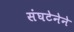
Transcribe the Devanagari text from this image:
संघटेनेने